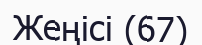
Жеңісі (67)